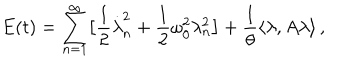
E ( t ) = \sum _ { n = 1 } ^ { \infty } \bigl [ \frac 1 2 \dot { \lambda } _ { n } ^ { 2 } + \frac 1 2 \omega _ { 0 } ^ { 2 } \lambda _ { n } ^ { 2 } \bigr ] + \frac 1 \theta \langle \lambda , A \lambda \rangle \, ,